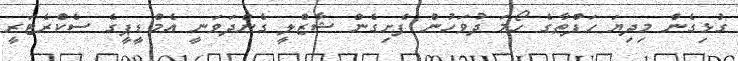
ގުޅިގެން މިދިޔަ ހަފްތާގެ ހޯމަ ދުވަހުން ފެށިގެން ޝާޒްލީ ގެންދަވަނީ އެމްޑީޕީގެ ސެކްރެޓަރީ